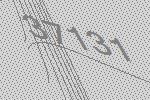
37131